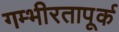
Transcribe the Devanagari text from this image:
गम्भीरतापूर्क